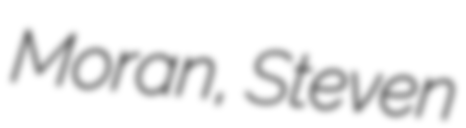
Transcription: Moran, Steven